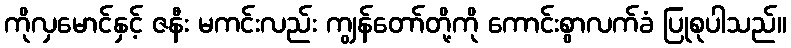
ကိုလှမောင်နှင့် ဇနီး မကင်းလည်း ကျွန်တော်တို့ကို ကောင်းစွာလက်ခံ ပြုစုပါသည်။